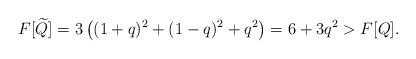
LaTeX: \begin{align*} F[\widetilde Q] = 3\left( (1+q)^2 + (1-q)^2 + q^2 \right) = 6 + 3q^2 > F[Q].\end{align*}